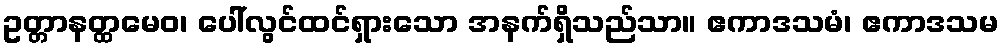
ဥတ္တာနတ္ထမေဝ၊ ပေါ်လွင်ထင်ရှားသော အနက်ရှိသည်သာ။ ဧကာဒသမံ၊ ဧကာဒသမ